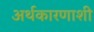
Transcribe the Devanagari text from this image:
अर्थकारणाशी